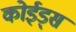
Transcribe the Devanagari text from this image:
कोईड्स